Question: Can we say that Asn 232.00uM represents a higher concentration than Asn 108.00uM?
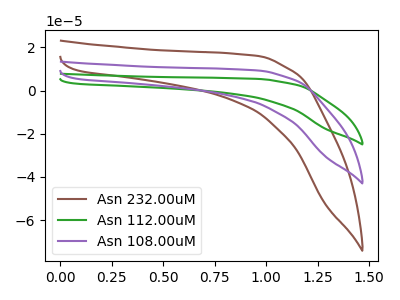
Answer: <think>The brown curve "Asn 232.00uM" has no peaks. The green curve "Asn 112.00uM" has no peaks. The purple curve "Asn 108.00uM" has no peaks.
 Neither "Asn 232.00uM" or "Asn 108.00uM" have any peaks.</think>
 <answer>I cant tell if "Asn 232.00uM" or "Asn 108.00uM" has higher concentration.</answer>
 <eval>mixed_concentration</eval>